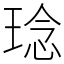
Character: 𤦬